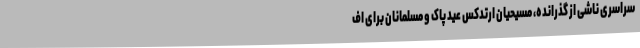
سراسری ناشی از گذرانده، مسیحیان ارتدکس عید پاک و مسلمانان برای اف